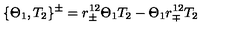
\{ \Theta _ { 1 } , T _ { 2 } \} ^ { \pm } = r _ { \pm } ^ { 1 2 } \Theta _ { 1 } T _ { 2 } - \Theta _ { 1 } r _ { \mp } ^ { 1 2 } T _ { 2 }